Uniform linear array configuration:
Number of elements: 64
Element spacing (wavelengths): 0.5
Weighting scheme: binomial
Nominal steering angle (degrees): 60
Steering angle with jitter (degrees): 61.252
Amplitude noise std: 0.05
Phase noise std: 0.05

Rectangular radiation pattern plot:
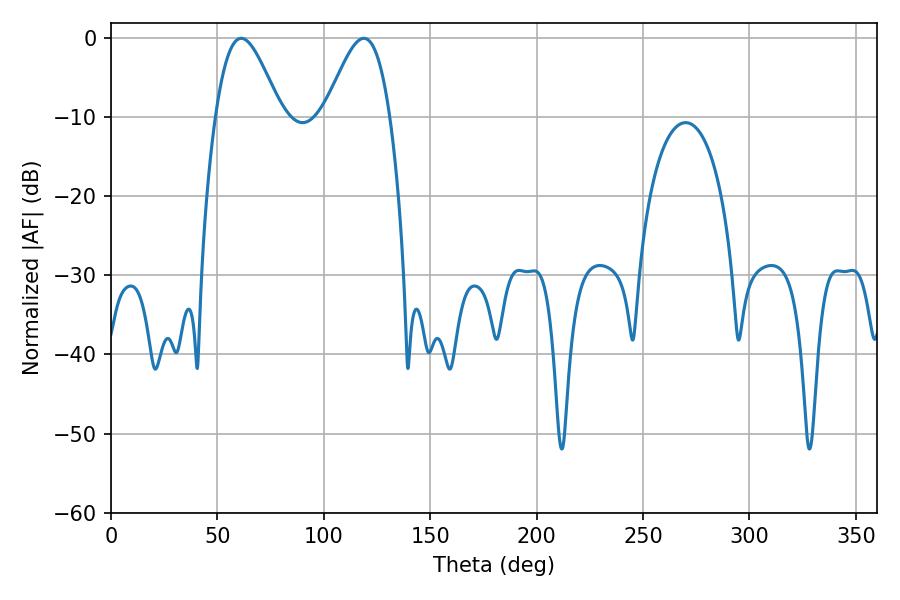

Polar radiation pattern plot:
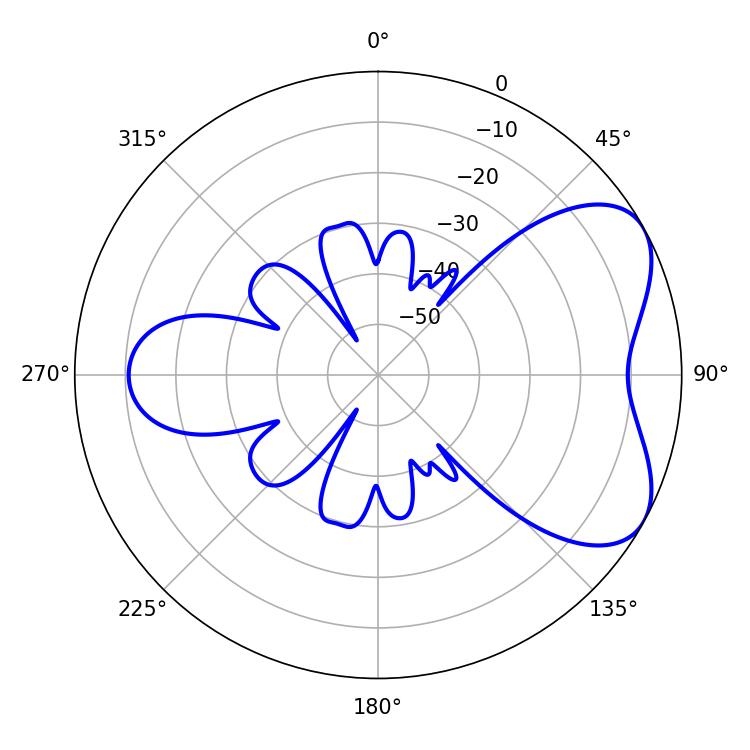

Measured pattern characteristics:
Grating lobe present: FALSE
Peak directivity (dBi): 5.626
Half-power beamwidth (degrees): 16.2
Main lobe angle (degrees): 61.2